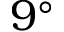
9 ^ { \circ }